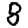
Digit: 8